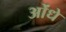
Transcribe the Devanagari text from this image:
ओंधे